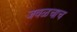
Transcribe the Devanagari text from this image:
जवळचाच